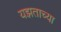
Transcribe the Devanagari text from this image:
यझताच्या